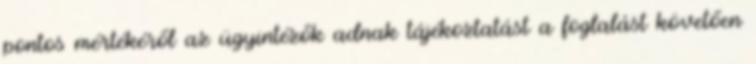
pontos mértékéről az ügyintézők adnak tájékoztatást a foglalást követően